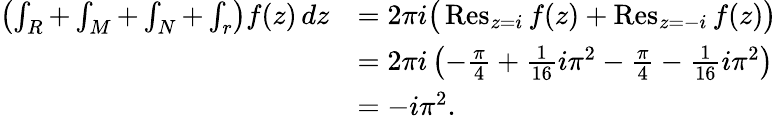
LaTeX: {\begin{array}{rl}{\left(\int_{R}+\int_{M}+\int_{N}+\int_{r}\right)f(z)\, dz}&{=2\pi i{\big(}\operatorname{Res}_{z=i}f(z)+\operatorname{Res}_{z=-i}f(z){\big)}}\\ &{=2\pi i\left(-{\frac{\pi}{4}}+{\frac{1}{16}}i\pi^{2}-{\frac{\pi}{4}}-{\frac{1}{16}}i\pi^{2}\right)}\\ &{=-i\pi^{2}.}\end{array}}